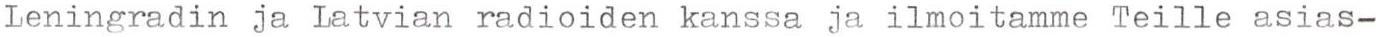
Leningradin ja Latvian radioiden kanssa ja ilmoitamme Teille asias-